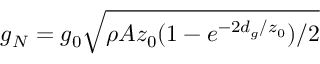
g _ { N } = g _ { 0 } \sqrt { \rho A z _ { 0 } ( 1 - e ^ { - 2 d _ { g } / z _ { 0 } } ) / 2 }